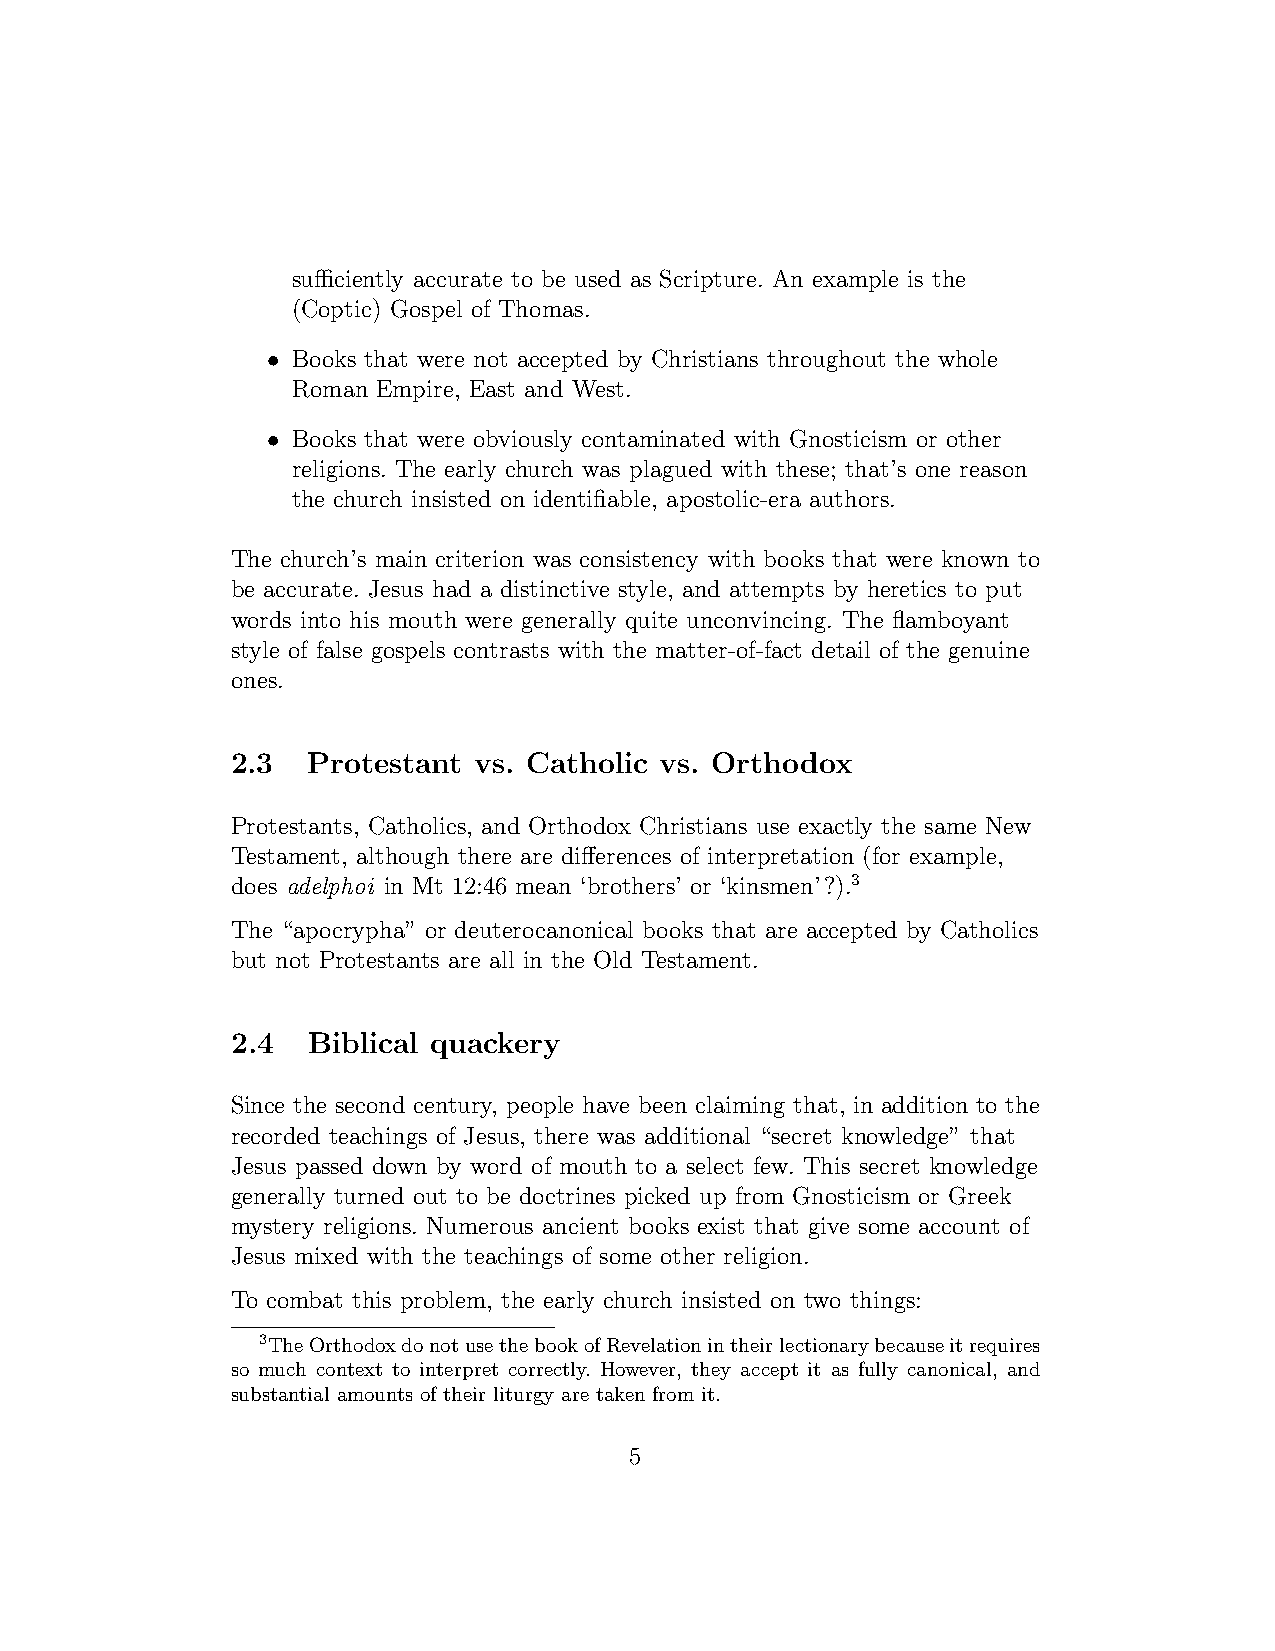
sufficiently accurate to be used as Scripture. An example is the
 (Coptic) Gospel of Thomas.
 •
 Books that were not accepted by Christians throughout the whole
 Roman Empire, East and West.
 •
 Books that were obviously contaminated with Gnosticism or other
 religions. The early church was plagued with these; that’s one reason
 the church insisted on identifiable, apostolic-era authors.
 The church’s main criterion was consistency with books that were known to
 be accurate. Jesus had a distinctive style, and attempts by heretics to put
 words into his mouth were generally quite unconvincing. The flamboyant
 style of false gospels contrasts with the matter-of-fact detail of the genuine
 ones.
 2.3  Protestant vs. Catholic vs. Orthodox
 Protestants, Catholics, and Orthodox Christians use exactly the same New
 Testament, although there are differences of interpretation (for example,
 3
 does adelphoi in Mt 12:46 mean ‘brothers’ or ‘kinsmen’?).
 The “apocrypha” or deuterocanonical books that are accepted by Catholics
 but not Protestants are all in the Old Testament.
 2.4  Biblical quackery
 Since the second century, people have been claiming that, in addition to the
 recorded teachings of Jesus, there was additional “secret knowledge” that
 Jesus passed down by word of mouth to a select few. This secret knowledge
 generally turned out to be doctrines picked up from Gnosticism or Greek
 mystery religions. Numerous ancient books exist that give some account of
 Jesus mixed with the teachings of some other religion.
 To combat this problem, the early church insisted on two things:
 3TheOrthodoxdonotusethebookofRevelationintheirlectionarybecauseitrequires
 so much context to interpret correctly. However, they accept it as fully canonical, and
 substantial amounts of their liturgy are taken from it.
 5